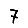
Digit: 7